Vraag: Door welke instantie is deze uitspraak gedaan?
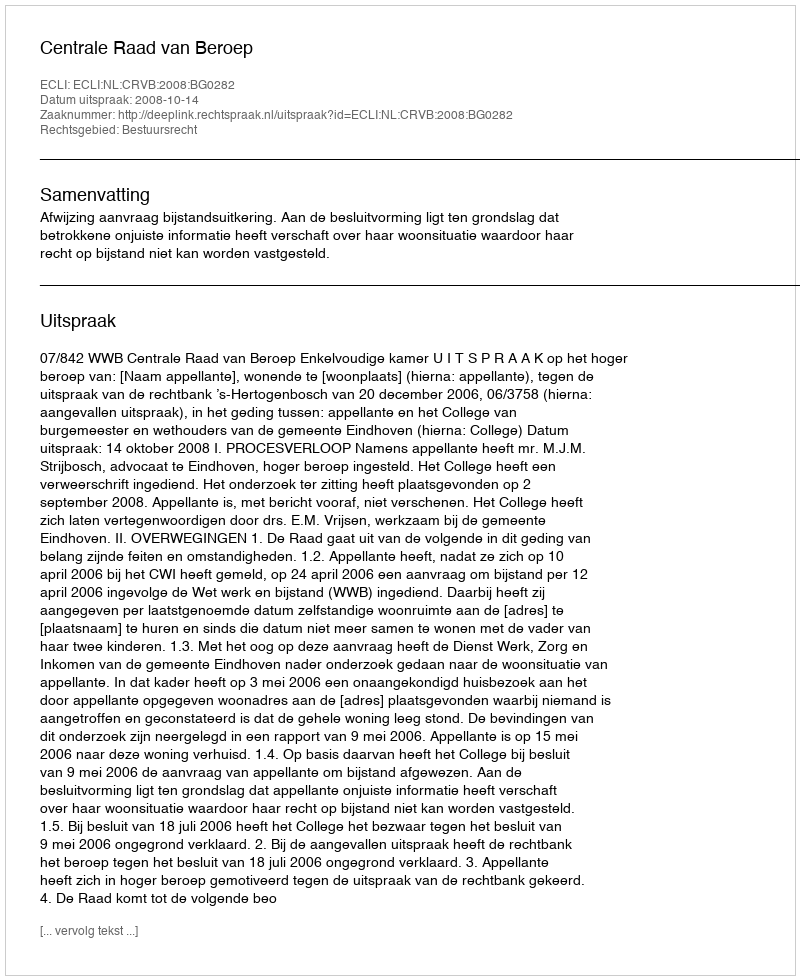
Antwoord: Centrale Raad van Beroep